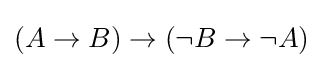
(A\to B)\to (\lnot B\to \lnot A)